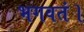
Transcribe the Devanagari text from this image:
भगवतं।